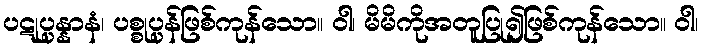
ပဋုပ္ပန္နာနံ၊ ပစ္စုပ္ပန်ဖြစ်ကုန်သော။ ဝါ၊ မိမိကိုအတူပြု၍ဖြစ်ကုန်သော။ ဝါ၊